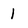
Character: 1